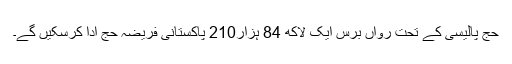
حج پالیسی کے تحت رواں برس ایک لاکھ 84 ہزار210 پاکستانی فریضہ حج ادا کرسکیں گے۔